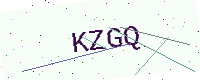
Text: KZGQ